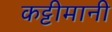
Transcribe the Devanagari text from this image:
कट्टीमानी